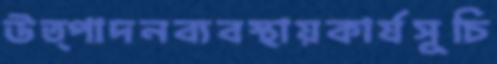
উত্পাদনব্যবস্থায়কার্যসূচি